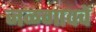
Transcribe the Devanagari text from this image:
जळगावचें